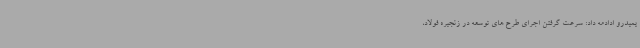
یمیدرو ادادمه داد: سرعت گرفتن اجرای طرح های توسعه در زنجیره فولاد،